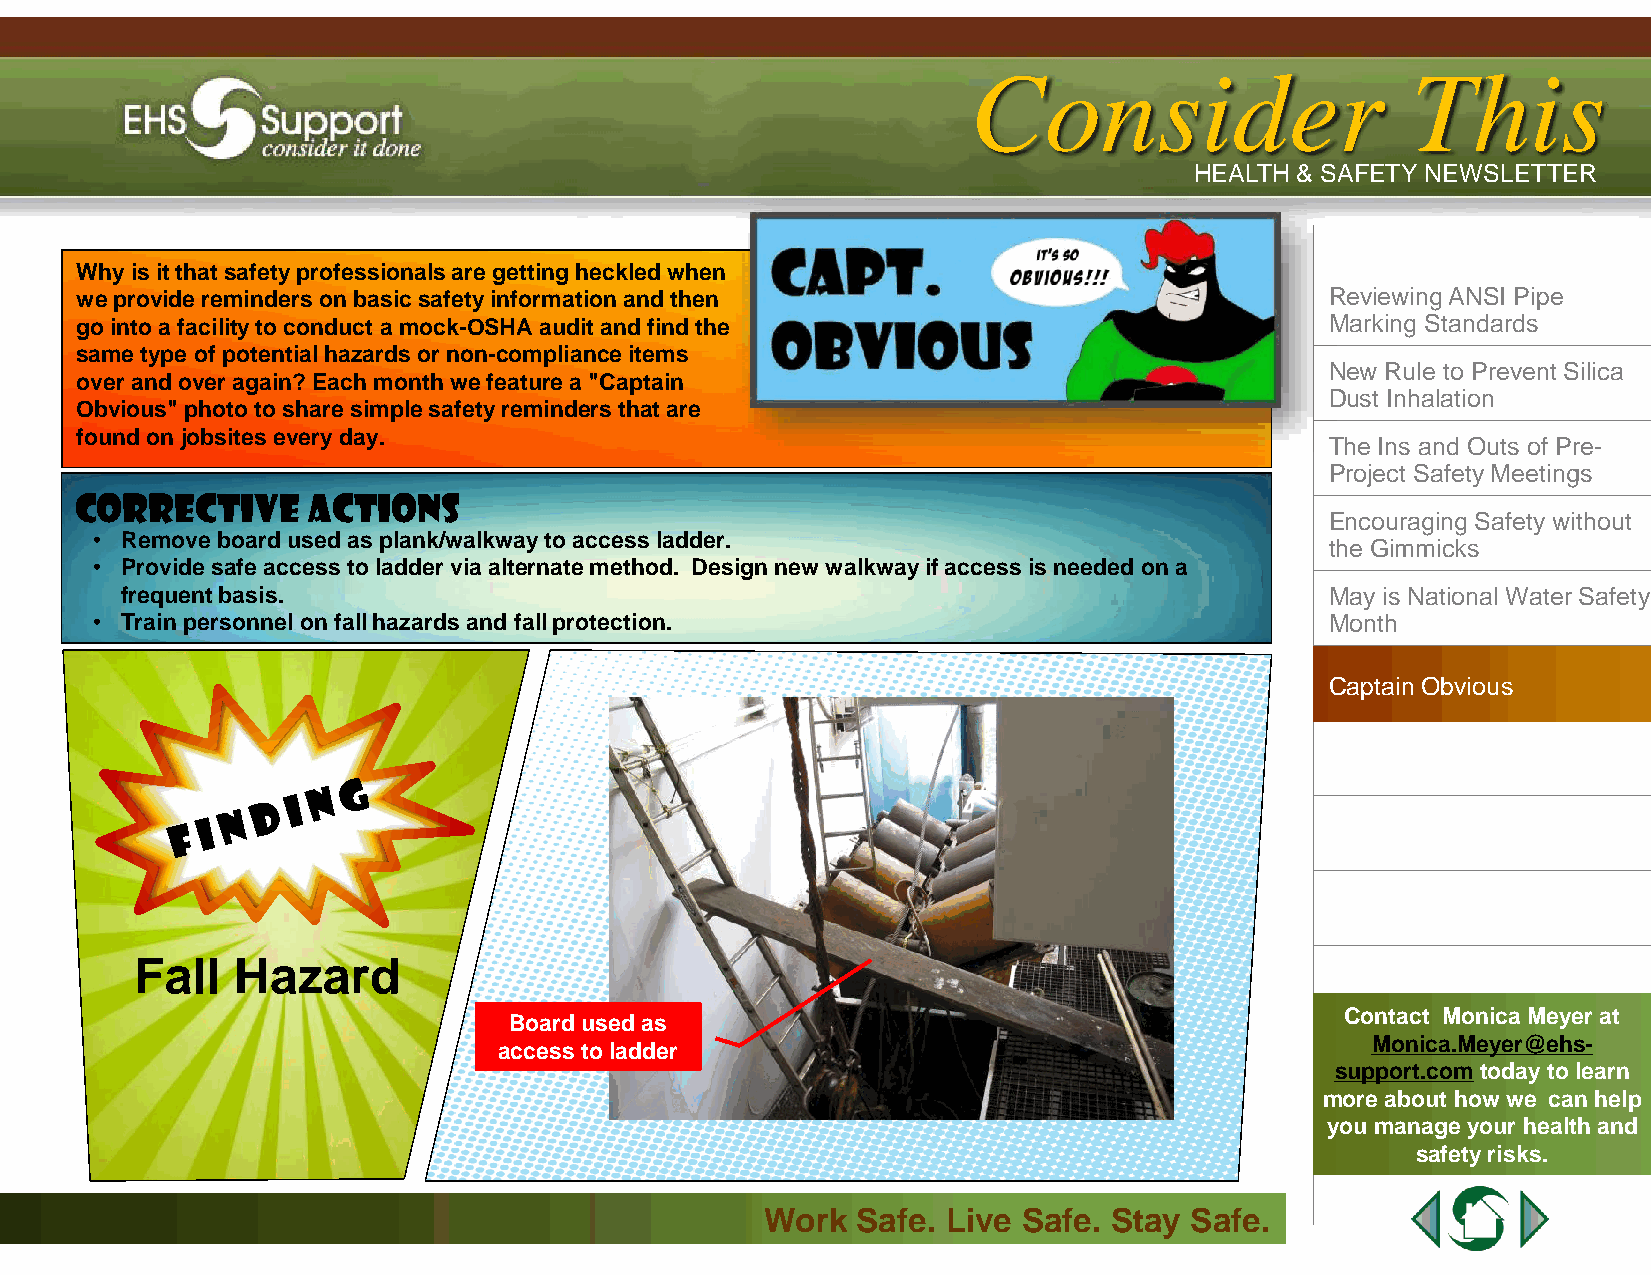
IIssssuuee 44 || AApprriill 22001133
 CCoonnssiiddeerr             TThhiiss
 HHEEAALLTTHH && SSAAFFEETTYY NNEEWWSSLLEETTTTEERR
 Why is it that safety professionals are getting heckled when
 we provide reminders on basic safety information and then                          Reviewing ANSI Pipe
 go into a facility to conduct a mock-OSHA audit and find the                       Marking Standards
 same type of potential hazards or non-compliance items
 New Rule to Prevent Silica
 over and over again? Each month we feature a "Captain
 Dust Inhalation
 Obvious" photo to share simple safety reminders that are
 found on jobsites every day.
 The Ins and Outs of Pre-
 Project Safety Meetings
 Corrective     Actions
 Encouraging Safety without
 • Remove board used as plank/walkway to access ladder.
 the Gimmicks
 • Provide safe access to ladder via alternate method. Design new walkway if access is needed on a
 frequent basis.                                                                 May is National Water Safety
 • Train personnel on fall hazards and fall protection.                            Month
 Captain Obvious
 Fall  Hazard
 Contact Monica Meyer at
 Board used as
 Monica.Meyer@ehs-
 access to ladder
 support.comtoday to learn
 more about how we can help
 you manage your health and
 safety risks.
 WWoorrkk SSaaffee.. LLiivvee SSaaffee.. SSttaayy SSaaffee..